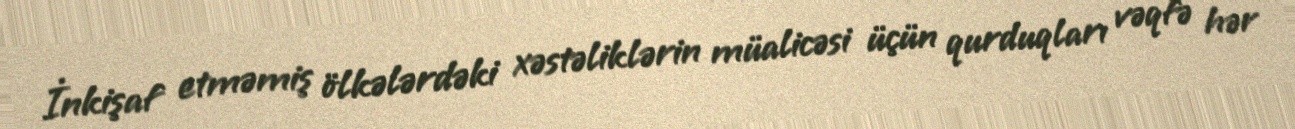
İnkişaf etməmiş ölkələrdəki xəstəliklərin müalicəsi üçün qurduqları vəqfə hər